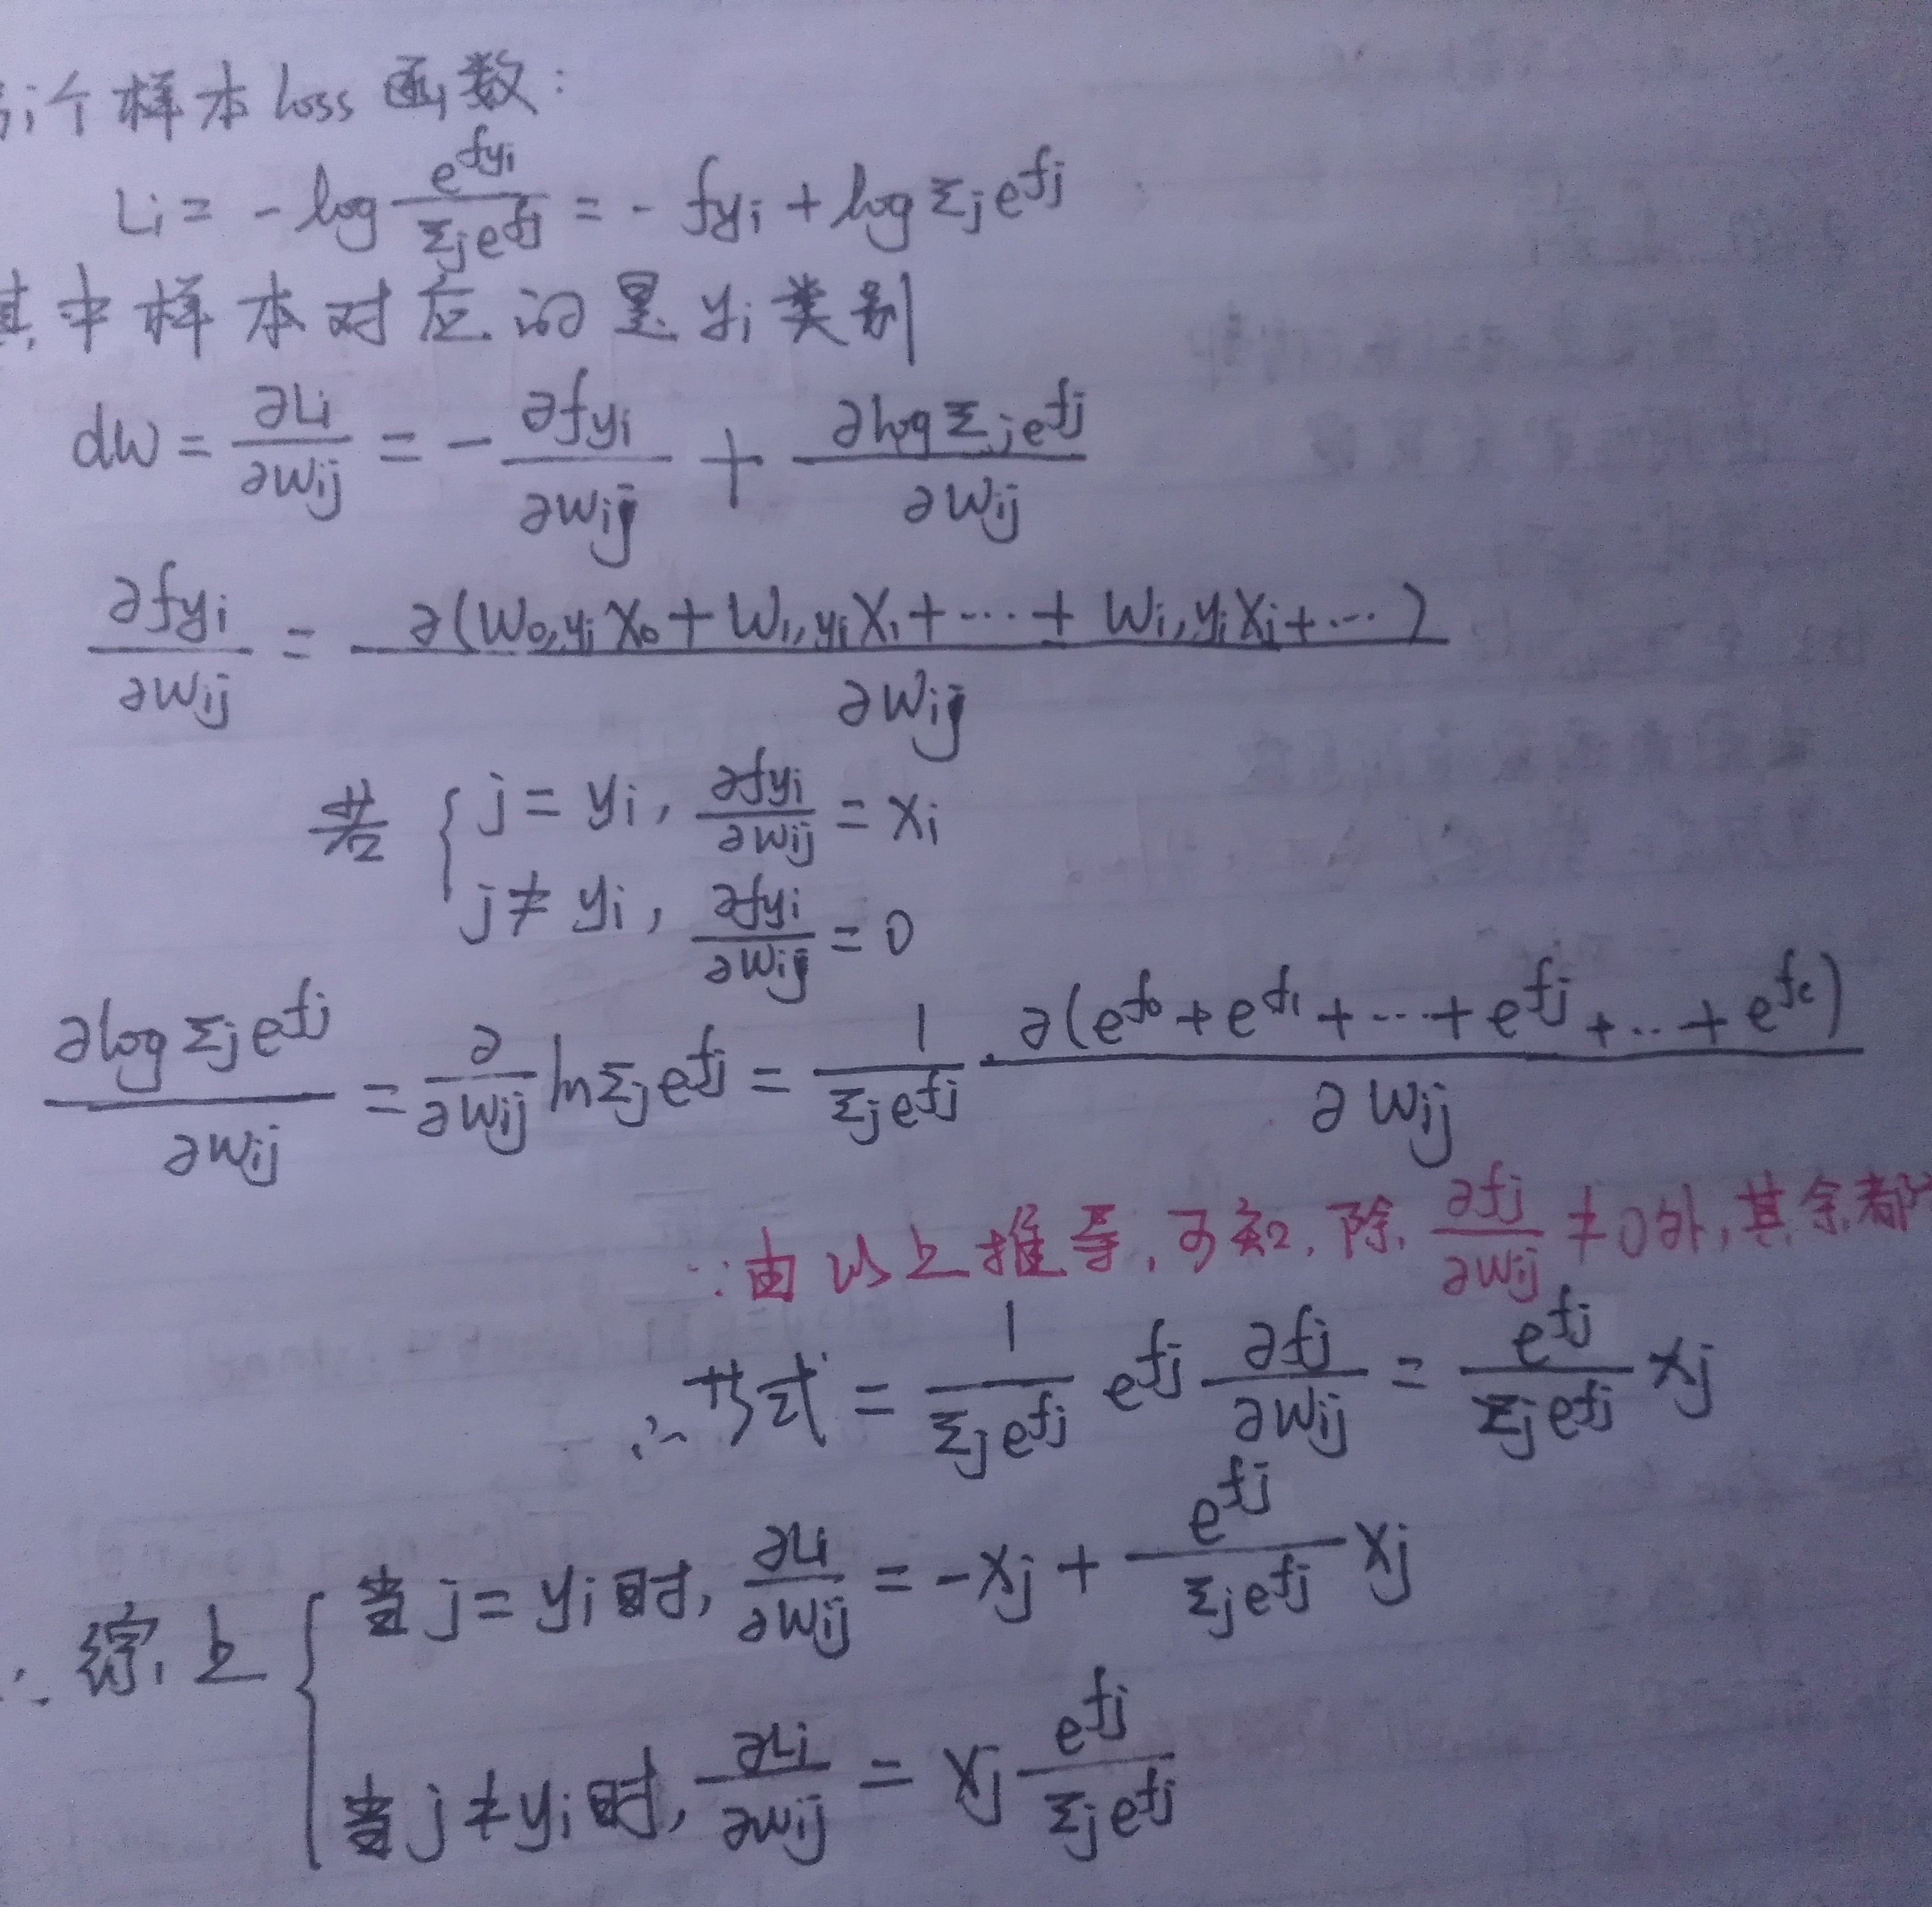
1. 样本 \(loss\) 函数：
\[L_i = -\log\frac{e^{f_{y_i}}}{\sum_{j}e^{f_j}}=-f_{y_i}+\log\sum_{j}e^{f_j}\]
其中样本对应的是 \(y_i\) 类别。
\[dW=\frac{\partial L_i}{\partial w_{ij}}=-\frac{\partial f_{y_i}}{\partial w_{ij}}+\frac{\partial\log\sum_{j}e^{f_j}}{\partial w_{ij}}\]
\[\frac{\partial f_{y_i}}{\partial w_{ij}}=\frac{\partial (w_{0j}x_0 + w_{1j}x_1+\cdots+w_{ij}x_i+\cdots)}{\partial w_{ij}}\]
若\(\begin{cases}j = y_i,\frac{\partial f_{y_i}}{\partial w_{ij}}=x_i\\j\neq y_i,\frac{\partial f_{y_i}}{\partial w_{ij}} = 0\end{cases}\)
\[\frac{\partial\log\sum_{j}e^{f_j}}{\partial w_{ij}}=\frac{\partial}{\partial w_{ij}}\ln\sum_{j}e^{f_j}=\frac{1}{\sum_{j}e^{f_j}}\cdot\frac{\partial(e^{f_0}+e^{f_1}+\cdots+e^{f_j}+\cdots+e^{f_c})}{\partial w_{ij}}\]
由以上推导，可知，除\(\frac{\partial f_{j}}{\partial w_{ij}}\neq0\)外，其余都
\[\therefore \text{此时}=\frac{1}{\sum_{j}e^{f_j}}e^{f_j}\frac{\partial f_{j}}{\partial w_{ij}}=\frac{e^{f_j}}{\sum_{j}e^{f_j}}x_j\]
综上\(\begin{cases}\text{当}j = y_i\text{时},\frac{\partial L_i}{\partial w_{ij}}=-x_j+\frac{e^{f_{y_i}}}{\sum_{j}e^{f_j}}x_j\\\text{当}j\neq y_i\text{时},\frac{\partial L_i}{\partial w_{ij}}=x_j\frac{e^{f_j}}{\sum_{j}e^{f_j}}\end{cases}\)